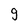
Character: g